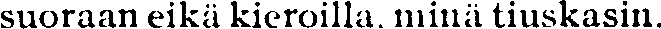
suoraan eikä kieroilla minä tiuskasin.